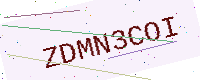
Text: ZDMN3COI